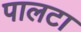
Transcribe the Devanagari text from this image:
पालटा